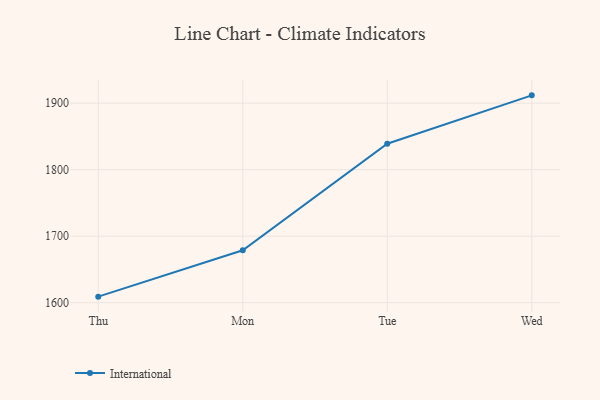
{"axis": {"x": "Day", "y": "Bounce Rate (%)"}, "legend": ["International"], "data": [{"x": "Thu", "y": 1609.1, "type": "International"}, {"x": "Mon", "y": 1678.8, "type": "International"}, {"x": "Tue", "y": 1839.0, "type": "International"}, {"x": "Wed", "y": 1911.8, "type": "International"}]}